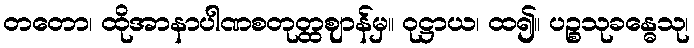
တတော၊ ထိုအာနာပါဏစတုတ္ထဈာန်မှ။ ဝုဋ္ဌာယ၊ ထ၍။ ပဉ္စသုခန္ဓေသု၊